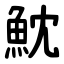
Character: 魫